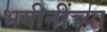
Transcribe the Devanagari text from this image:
भगीनींच्या